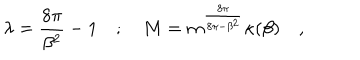
LaTeX: \lambda = \frac { 8 \pi } { \beta ^ { 2 } } - 1 \quad ; \quad M = m ^ { \frac { 8 \pi } { 8 \pi - \beta ^ { 2 } } } \kappa ( \beta ) \quad ,